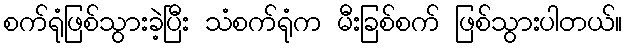
စက်ရုံဖြစ်သွားခဲ့ပြီး သံစက်ရုံက မီးခြစ်စက် ဖြစ်သွားပါတယ်။